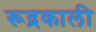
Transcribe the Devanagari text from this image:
रूद्रकाली